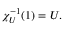
\chi _ { U } ^ { - 1 } ( 1 ) = U .